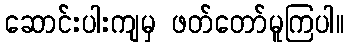
ဆောင်းပါးကျမှ ဖတ်တော်မူကြပါ။